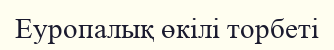
Еуропалық өкілі торбеті